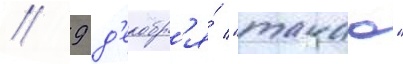
// 9 д'екабр'я́ "такао"